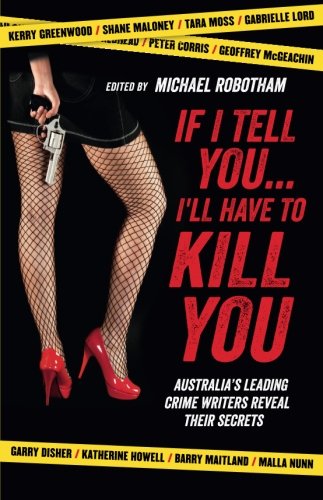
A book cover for If I Tell You . . . I'll Have to Kill You: Australia's Leading Crime Writers Reveal Their Secrets; Mystery, Thriller & Suspense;